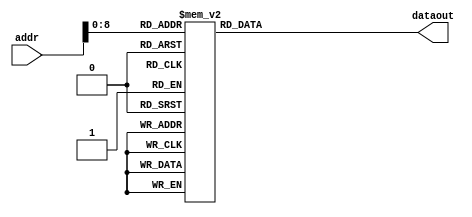
/*
* Module         - ROM_speech_w[[
* Top module     - cbselect
* Project        - CODEC2_ENCODE_2400
* Developer      - Santhiya S
* Date           - Mon Feb 04 15:19:31 2019
*
* Description    -
* Inputs         -

*32 bits fixed point representation
   S - E  - M
   1 - 15 - 16
*/
module ROM_speech_w_48(addr,dataout);

	parameter N = 48;
	input [9:0] addr;
	output reg [N-1:0] dataout;

	reg [N-1:0] w[319:0];
	
	always@(*)
	begin

				w[0]  =  48'b000000000000000000000000000000000000000000000000;
				w[1]  =  48'b000000000000000000000000000000000000000000000000;
				w[2]  =  48'b000000000000000000000000000000000000000000000000;
				w[3]  =  48'b000000000000000000000000000000000000000000000000;
				w[4]  =  48'b000000000000000000000000000000000000000000000000;
				w[5]  =  48'b000000000000000000000000000000000000000000000000;
				w[6]  =  48'b000000000000000000000000000000000000000000000000;
				w[7]  =  48'b000000000000000000000000000000000000000000000000;
				w[8]  =  48'b000000000000000000000000000000000000000000000000;
				w[9]  =  48'b000000000000000000000000000000000000000000000000;
				w[10]  =  48'b000000000000000000000000000000000000000000000000;
				w[11]  =  48'b000000000000000000000000000000000000000000000000;
				w[12]  =  48'b000000000000000000000000000000000000000000000000;
				w[13]  =  48'b000000000000000000000000000000000000000000000000;
				w[14]  =  48'b000000000000000000000000000000000000000000000000;
				w[15]  =  48'b000000000000000000000000000000000000000000000000;
				w[16]  =  48'b000000000000000000000000000000000000000000000000;
				w[17]  =  48'b000000000000000000000000000000000000000000000000;
				w[18]  =  48'b000000000000000000000000000000000000000000000000;
				w[19]  =  48'b000000000000000000000000000000000000000000000000;
				w[20]  =  48'b000000000000000000000000000000000000000000000000;
				w[21]  =  48'b000000000000000000000000000000000000000000000000;
				w[22]  =  48'b000000000000000000000000000000000000100101000110;
				w[23]  =  48'b000000000000000000000000000000000010010100010110;
				w[24]  =  48'b000000000000000000000000000000000101001101101110;
				w[25]  =  48'b000000000000000000000000000000001001010001000111;
				w[26]  =  48'b000000000000000000000000000000001110011110011000;
				w[27]  =  48'b000000000000000000000000000000010100110101011000;
				w[28]  =  48'b000000000000000000000000000000011100010101110111;
				w[29]  =  48'b000000000000000000000000000000100100111111100111;
				w[30]  =  48'b000000000000000000000000000000101110110010010110;
				w[31]  =  48'b000000000000000000000000000000111001101101101111;
				w[32]  =  48'b000000000000000000000000000001000101110001011100;
				w[33]  =  48'b000000000000000000000000000001010010111101000010;
				w[34]  =  48'b000000000000000000000000000001100001010000000111;
				w[35]  =  48'b000000000000000000000000000001110000101010001100;
				w[36]  =  48'b000000000000000000000000000010000001001010110001;
				w[37]  =  48'b000000000000000000000000000010010010110001010100;
				w[38]  =  48'b000000000000000000000000000010100101011101010000;
				w[39]  =  48'b000000000000000000000000000010111001001101111110;
				w[40]  =  48'b000000000000000000000000000011001110000010110100;
				w[41]  =  48'b000000000000000000000000000011100011111011000111;
				w[42]  =  48'b000000000000000000000000000011111010110110001001;
				w[43]  =  48'b000000000000000000000000000100010010110011001011;
				w[44]  =  48'b000000000000000000000000000100101011110001011001;
				w[45]  =  48'b000000000000000000000000000101000101110000000000;
				w[46]  =  48'b000000000000000000000000000101100000101110001010;
				w[47]  =  48'b000000000000000000000000000101111100101010111101;
				w[48]  =  48'b000000000000000000000000000110011001100101100000;
				w[49]  =  48'b000000000000000000000000000110110111011100110111;
				w[50]  =  48'b000000000000000000000000000111010110010000000001;
				w[51]  =  48'b000000000000000000000000000111110101111110000000;
				w[52]  =  48'b000000000000000000000000001000010110100101110000;
				w[53]  =  48'b000000000000000000000000001000111000000110001110;
				w[54]  =  48'b000000000000000000000000001001011010011110010100;
				w[55]  =  48'b000000000000000000000000001001111101101100111001;
				w[56]  =  48'b000000000000000000000000001010100001110000110100;
				w[57]  =  48'b000000000000000000000000001011000110101000111000;
				w[58]  =  48'b000000000000000000000000001011101100010011111010;
				w[59]  =  48'b000000000000000000000000001100010010110000101010;
				w[60]  =  48'b000000000000000000000000001100111001111101111001;
				w[61]  =  48'b000000000000000000000000001101100001111010010010;
				w[62]  =  48'b000000000000000000000000001110001010100100100101;
				w[63]  =  48'b000000000000000000000000001110110011111011011011;
				w[64]  =  48'b000000000000000000000000001111011101111101011101;
				w[65]  =  48'b000000000000000000000000010000001000101001010100;
				w[66]  =  48'b000000000000000000000000010000110011111101100111;
				w[67]  =  48'b000000000000000000000000010001011111111000111010;
				w[68]  =  48'b000000000000000000000000010010001100011001110010;
				w[69]  =  48'b000000000000000000000000010010111001011110110010;
				w[70]  =  48'b000000000000000000000000010011100111000110011011;
				w[71]  =  48'b000000000000000000000000010100010101001111001110;
				w[72]  =  48'b000000000000000000000000010101000011110111101100;
				w[73]  =  48'b000000000000000000000000010101110010111110010000;
				w[74]  =  48'b000000000000000000000000010110100010100001011010;
				w[75]  =  48'b000000000000000000000000010111010010011111100110;
				w[76]  =  48'b000000000000000000000000011000000010110111001111;
				w[77]  =  48'b000000000000000000000000011000110011100110110001;
				w[78]  =  48'b000000000000000000000000011001100100101100100110;
				w[79]  =  48'b000000000000000000000000011010010110000111000110;
				w[80]  =  48'b000000000000000000000000011011000111110100101001;
				w[81]  =  48'b000000000000000000000000011011111001110011101001;
				w[82]  =  48'b000000000000000000000000011100101100000010011101;
				w[83]  =  48'b000000000000000000000000011101011110011111011011;
				w[84]  =  48'b000000000000000000000000011110010001001000111011;
				w[85]  =  48'b000000000000000000000000011111000011111101010010;
				w[86]  =  48'b000000000000000000000000011111110110111010110100;
				w[87]  =  48'b000000000000000000000000100000101001111111111001;
				w[88]  =  48'b000000000000000000000000100001011101001010110101;
				w[89]  =  48'b000000000000000000000000100010010000011001111110;
				w[90]  =  48'b000000000000000000000000100011000011101011101000;
				w[91]  =  48'b000000000000000000000000100011110110111110000110;
				w[92]  =  48'b000000000000000000000000100100101010001111110000;
				w[93]  =  48'b000000000000000000000000100101011101011110111000;
				w[94]  =  48'b000000000000000000000000100110010000101001110101;
				w[95]  =  48'b000000000000000000000000100111000011101110111001;
				w[96]  =  48'b000000000000000000000000100111110110101100011101;
				w[97]  =  48'b000000000000000000000000101000101001100000110011;
				w[98]  =  48'b000000000000000000000000101001011100001010010010;
				w[99]  =  48'b000000000000000000000000101010001110100111010001;
				w[100]  =  48'b000000000000000000000000101011000000110110000100;
				w[101]  =  48'b000000000000000000000000101011110010110101000100;
				w[102]  =  48'b000000000000000000000000101100100100100010101001;
				w[103]  =  48'b000000000000000000000000101101010101111101001000;
				w[104]  =  48'b000000000000000000000000101110000111000010111101;
				w[105]  =  48'b000000000000000000000000101110110111110010011110;
				w[106]  =  48'b000000000000000000000000101111101000001010000111;
				w[107]  =  48'b000000000000000000000000110000011000001000010011;
				w[108]  =  48'b000000000000000000000000110001000111101011011110;
				w[109]  =  48'b000000000000000000000000110001110110110010000010;
				w[110]  =  48'b000000000000000000000000110010100101011010011110;
				w[111]  =  48'b000000000000000000000000110011010011100011010011;
				w[112]  =  48'b000000000000000000000000110100000001001010111100;
				w[113]  =  48'b000000000000000000000000110100101110001111111100;
				w[114]  =  48'b000000000000000000000000110101011010110000110100;
				w[115]  =  48'b000000000000000000000000110110000110101100000111;
				w[116]  =  48'b000000000000000000000000110110110010000000011001;
				w[117]  =  48'b000000000000000000000000110111011100101100010000;
				w[118]  =  48'b000000000000000000000000111000000110101110010011;
				w[119]  =  48'b000000000000000000000000111000110000000101001000;
				w[120]  =  48'b000000000000000000000000111001011000101111011010;
				w[121]  =  48'b000000000000000000000000111010000000101011110100;
				w[122]  =  48'b000000000000000000000000111010100111111001000011;
				w[123]  =  48'b000000000000000000000000111011001110010101110101;
				w[124]  =  48'b000000000000000000000000111011110100000000110110;
				w[125]  =  48'b000000000000000000000000111100011000111000111011;
				w[126]  =  48'b000000000000000000000000111100111100111100110101;
				w[127]  =  48'b000000000000000000000000111101100000001011011010;
				w[128]  =  48'b000000000000000000000000111110000010100011011111;
				w[129]  =  48'b000000000000000000000000111110100100000011111110;
				w[130]  =  48'b000000000000000000000000111111000100101011101101;
				w[131]  =  48'b000000000000000000000000111111100100011001101100;
				w[132]  =  48'b000000000000000000000001000000000011001100110110;
				w[133]  =  48'b000000000000000000000001000000100001000100001100;
				w[134]  =  48'b000000000000000000000001000000111101111110110000;
				w[135]  =  48'b000000000000000000000001000001011001111011100100;
				w[136]  =  48'b000000000000000000000001000001110100111001101110;
				w[137]  =  48'b000000000000000000000001000010001110111000010110;
				w[138]  =  48'b000000000000000000000001000010100111110110100010;
				w[139]  =  48'b000000000000000000000001000010111111110011100100;
				w[140]  =  48'b000000000000000000000001000011010110101110101000;
				w[141]  =  48'b000000000000000000000001000011101100100110111010;
				w[142]  =  48'b000000000000000000000001000100000001011011110000;
				w[143]  =  48'b000000000000000000000001000100010101001100011110;
				w[144]  =  48'b000000000000000000000001000100100111111000011010;
				w[145]  =  48'b000000000000000000000001000100111001011110111100;
				w[146]  =  48'b000000000000000000000001000101001001111111100010;
				w[147]  =  48'b000000000000000000000001000101011001011001101000;
				w[148]  =  48'b000000000000000000000001000101100111101100101100;
				w[149]  =  48'b000000000000000000000001000101110100111000010010;
				w[150]  =  48'b000000000000000000000001000110000000111011111110;
				w[151]  =  48'b000000000000000000000001000110001011110111011000;
				w[152]  =  48'b000000000000000000000001000110010101101010000110;
				w[153]  =  48'b000000000000000000000001000110011110010011110110;
				w[154]  =  48'b000000000000000000000001000110100101110100010110;
				w[155]  =  48'b000000000000000000000001000110101100001011010110;
				w[156]  =  48'b000000000000000000000001000110110001011000100110;
				w[157]  =  48'b000000000000000000000001000110110101011011111110;
				w[158]  =  48'b000000000000000000000001000110111000010101010110;
				w[159]  =  48'b000000000000000000000001000110111010000100101000;
				w[160]  =  48'b000000000000000000000001000110111010101001101110;
				w[161]  =  48'b000000000000000000000001000110111010000100101000;
				w[162]  =  48'b000000000000000000000001000110111000010101011000;
				w[163]  =  48'b000000000000000000000001000110110101011011111110;
				w[164]  =  48'b000000000000000000000001000110110001011000100110;
				w[165]  =  48'b000000000000000000000001000110101100001011010110;
				w[166]  =  48'b000000000000000000000001000110100101110100010110;
				w[167]  =  48'b000000000000000000000001000110011110010011110110;
				w[168]  =  48'b000000000000000000000001000110010101101010000110;
				w[169]  =  48'b000000000000000000000001000110001011110111011000;
				w[170]  =  48'b000000000000000000000001000110000000111011111110;
				w[171]  =  48'b000000000000000000000001000101110100111000010010;
				w[172]  =  48'b000000000000000000000001000101100111101100101100;
				w[173]  =  48'b000000000000000000000001000101011001011001100110;
				w[174]  =  48'b000000000000000000000001000101001001111111100010;
				w[175]  =  48'b000000000000000000000001000100111001011110111100;
				w[176]  =  48'b000000000000000000000001000100100111111000011010;
				w[177]  =  48'b000000000000000000000001000100010101001100011110;
				w[178]  =  48'b000000000000000000000001000100000001011011110000;
				w[179]  =  48'b000000000000000000000001000011101100100110111010;
				w[180]  =  48'b000000000000000000000001000011010110101110101000;
				w[181]  =  48'b000000000000000000000001000010111111110011100100;
				w[182]  =  48'b000000000000000000000001000010100111110110100010;
				w[183]  =  48'b000000000000000000000001000010001110111000010100;
				w[184]  =  48'b000000000000000000000001000001110100111001101110;
				w[185]  =  48'b000000000000000000000001000001011001111011100100;
				w[186]  =  48'b000000000000000000000001000000111101111110110000;
				w[187]  =  48'b000000000000000000000001000000100001000100001100;
				w[188]  =  48'b000000000000000000000001000000000011001100111000;
				w[189]  =  48'b000000000000000000000000111111100100011001101100;
				w[190]  =  48'b000000000000000000000000111111000100101011101101;
				w[191]  =  48'b000000000000000000000000111110100100000011111110;
				w[192]  =  48'b000000000000000000000000111110000010100011100000;
				w[193]  =  48'b000000000000000000000000111101100000001011011010;
				w[194]  =  48'b000000000000000000000000111100111100111100110110;
				w[195]  =  48'b000000000000000000000000111100011000111000111001;
				w[196]  =  48'b000000000000000000000000111011110100000000110101;
				w[197]  =  48'b000000000000000000000000111011001110010101110010;
				w[198]  =  48'b000000000000000000000000111010100111111001000011;
				w[199]  =  48'b000000000000000000000000111010000000101011110111;
				w[200]  =  48'b000000000000000000000000111001011000101111011011;
				w[201]  =  48'b000000000000000000000000111000110000000101000110;
				w[202]  =  48'b000000000000000000000000111000000110101110010011;
				w[203]  =  48'b000000000000000000000000110111011100101100001111;
				w[204]  =  48'b000000000000000000000000110110110010000000011011;
				w[205]  =  48'b000000000000000000000000110110000110101100000110;
				w[206]  =  48'b000000000000000000000000110101011010110000110100;
				w[207]  =  48'b000000000000000000000000110100101110001111111011;
				w[208]  =  48'b000000000000000000000000110100000001001010111101;
				w[209]  =  48'b000000000000000000000000110011010011100011010010;
				w[210]  =  48'b000000000000000000000000110010100101011010100001;
				w[211]  =  48'b000000000000000000000000110001110110110010000010;
				w[212]  =  48'b000000000000000000000000110001000111101011100000;
				w[213]  =  48'b000000000000000000000000110000011000001000010100;
				w[214]  =  48'b000000000000000000000000101111101000001010000110;
				w[215]  =  48'b000000000000000000000000101110110111110010011110;
				w[216]  =  48'b000000000000000000000000101110000111000010111011;
				w[217]  =  48'b000000000000000000000000101101010101111101001001;
				w[218]  =  48'b000000000000000000000000101100100100100010101000;
				w[219]  =  48'b000000000000000000000000101011110010110101000110;
				w[220]  =  48'b000000000000000000000000101011000000110110000011;
				w[221]  =  48'b000000000000000000000000101010001110100111010010;
				w[222]  =  48'b000000000000000000000000101001011100001010010010;
				w[223]  =  48'b000000000000000000000000101000101001100000110101;
				w[224]  =  48'b000000000000000000000000100111110110101100011100;
				w[225]  =  48'b000000000000000000000000100111000011101110111000;
				w[226]  =  48'b000000000000000000000000100110010000101001110101;
				w[227]  =  48'b000000000000000000000000100101011101011110110111;
				w[228]  =  48'b000000000000000000000000100100101010001111110000;
				w[229]  =  48'b000000000000000000000000100011110110111110000101;
				w[230]  =  48'b000000000000000000000000100011000011101011101001;
				w[231]  =  48'b000000000000000000000000100010010000011001111101;
				w[232]  =  48'b000000000000000000000000100001011101001010110111;
				w[233]  =  48'b000000000000000000000000100000101001111111111001;
				w[234]  =  48'b000000000000000000000000011111110110111010110110;
				w[235]  =  48'b000000000000000000000000011111000011111101010001;
				w[236]  =  48'b000000000000000000000000011110010001001000111101;
				w[237]  =  48'b000000000000000000000000011101011110011111011100;
				w[238]  =  48'b000000000000000000000000011100101100000010011011;
				w[239]  =  48'b000000000000000000000000011011111001110011101010;
				w[240]  =  48'b000000000000000000000000011011000111110100101000;
				w[241]  =  48'b000000000000000000000000011010010110000111000110;
				w[242]  =  48'b000000000000000000000000011001100100101100100101;
				w[243]  =  48'b000000000000000000000000011000110011100110110011;
				w[244]  =  48'b000000000000000000000000011000000010110111001111;
				w[245]  =  48'b000000000000000000000000010111010010011111101000;
				w[246]  =  48'b000000000000000000000000010110100010100001011010;
				w[247]  =  48'b000000000000000000000000010101110010111110010010;
				w[248]  =  48'b000000000000000000000000010101000011110111101011;
				w[249]  =  48'b000000000000000000000000010100010101001111001100;
				w[250]  =  48'b000000000000000000000000010011100111000110011100;
				w[251]  =  48'b000000000000000000000000010010111001011110110000;
				w[252]  =  48'b000000000000000000000000010010001100011001110011;
				w[253]  =  48'b000000000000000000000000010001011111111000111001;
				w[254]  =  48'b000000000000000000000000010000110011111101101000;
				w[255]  =  48'b000000000000000000000000010000001000101001010011;
				w[256]  =  48'b000000000000000000000000001111011101111101011110;
				w[257]  =  48'b000000000000000000000000001110110011111011011010;
				w[258]  =  48'b000000000000000000000000001110001010100100100111;
				w[259]  =  48'b000000000000000000000000001101100001111010010010;
				w[260]  =  48'b000000000000000000000000001100111001111101110111;
				w[261]  =  48'b000000000000000000000000001100010010110000101010;
				w[262]  =  48'b000000000000000000000000001011101100010011111001;
				w[263]  =  48'b000000000000000000000000001011000110101000111000;
				w[264]  =  48'b000000000000000000000000001010100001110000110010;
				w[265]  =  48'b000000000000000000000000001001111101101100111001;
				w[266]  =  48'b000000000000000000000000001001011010011110010011;
				w[267]  =  48'b000000000000000000000000001000111000000110001111;
				w[268]  =  48'b000000000000000000000000001000010110100101110000;
				w[269]  =  48'b000000000000000000000000000111110101111110000001;
				w[270]  =  48'b000000000000000000000000000111010110010000000001;
				w[271]  =  48'b000000000000000000000000000110110111011100111000;
				w[272]  =  48'b000000000000000000000000000110011001100101100000;
				w[273]  =  48'b000000000000000000000000000101111100101010111100;
				w[274]  =  48'b000000000000000000000000000101100000101110001010;
				w[275]  =  48'b000000000000000000000000000101000101101111111111;
				w[276]  =  48'b000000000000000000000000000100101011110001011010;
				w[277]  =  48'b000000000000000000000000000100010010110011001010;
				w[278]  =  48'b000000000000000000000000000011111010110110001010;
				w[279]  =  48'b000000000000000000000000000011100011111011000111;
				w[280]  =  48'b000000000000000000000000000011001110000010110101;
				w[281]  =  48'b000000000000000000000000000010111001001101111110;
				w[282]  =  48'b000000000000000000000000000010100101011101010000;
				w[283]  =  48'b000000000000000000000000000010010010110001010100;
				w[284]  =  48'b000000000000000000000000000010000001001010110000;
				w[285]  =  48'b000000000000000000000000000001110000101010001100;
				w[286]  =  48'b000000000000000000000000000001100001010000000110;
				w[287]  =  48'b000000000000000000000000000001010010111101000010;
				w[288]  =  48'b000000000000000000000000000001000101110001011011;
				w[289]  =  48'b000000000000000000000000000000111001101101101111;
				w[290]  =  48'b000000000000000000000000000000101110110010010110;
				w[291]  =  48'b000000000000000000000000000000100100111111101000;
				w[292]  =  48'b000000000000000000000000000000011100010101110111;
				w[293]  =  48'b000000000000000000000000000000010100110101011000;
				w[294]  =  48'b000000000000000000000000000000001110011110011000;
				w[295]  =  48'b000000000000000000000000000000001001010001000111;
				w[296]  =  48'b000000000000000000000000000000000101001101101110;
				w[297]  =  48'b000000000000000000000000000000000010010100010110;
				w[298]  =  48'b000000000000000000000000000000000000100101000110;
				w[299]  =  48'b000000000000000000000000000000000000000000000000;
				w[300]  =  48'b000000000000000000000000000000000000000000000000;
				w[301]  =  48'b000000000000000000000000000000000000000000000000;
				w[302]  =  48'b000000000000000000000000000000000000000000000000;
				w[303]  =  48'b000000000000000000000000000000000000000000000000;
				w[304]  =  48'b000000000000000000000000000000000000000000000000;
				w[305]  =  48'b000000000000000000000000000000000000000000000000;
				w[306]  =  48'b000000000000000000000000000000000000000000000000;
				w[307]  =  48'b000000000000000000000000000000000000000000000000;
				w[308]  =  48'b000000000000000000000000000000000000000000000000;
				w[309]  =  48'b000000000000000000000000000000000000000000000000;
				w[310]  =  48'b000000000000000000000000000000000000000000000000;
				w[311]  =  48'b000000000000000000000000000000000000000000000000;
				w[312]  =  48'b000000000000000000000000000000000000000000000000;
				w[313]  =  48'b000000000000000000000000000000000000000000000000;
				w[314]  =  48'b000000000000000000000000000000000000000000000000;
				w[315]  =  48'b000000000000000000000000000000000000000000000000;
				w[316]  =  48'b000000000000000000000000000000000000000000000000;
				w[317]  =  48'b000000000000000000000000000000000000000000000000;
				w[318]  =  48'b000000000000000000000000000000000000000000000000;
				w[319]  =  48'b000000000000000000000000000000000000000000000000;
	
	
	
		dataout = w[addr];
	end
endmodule